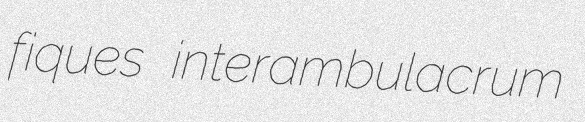
fiques interambulacrum